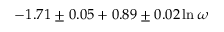
- 1 . 7 1 \pm 0 . 0 5 + 0 . 8 9 \pm 0 . 0 2 \ln \omega